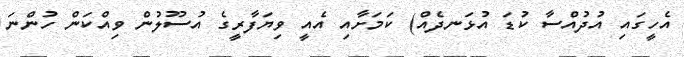
އެހީގައި އުދުއްސާ ކުޑަ އުޅަނދެއް) ކަމަށާއި އެއީ ވިޔަފާރީގެ އުސޫލުން ވިއްކަން ހުންނަ